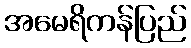
အမေရိကန်ပြည်